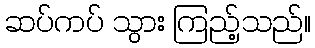
ဆပ်ကပ် သွား ကြည့်သည်။